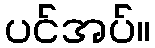
ပင်အပ်။